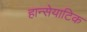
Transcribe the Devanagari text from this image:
हान्सेयाटिक